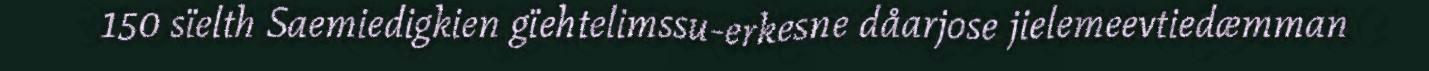
150 sïelth Saemiedigkien gïehtelimssu-erkesne dåarjose jielemeevtiedæmman